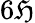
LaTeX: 6\mathfrak{H}